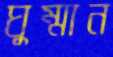
ঘুম্মান